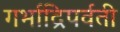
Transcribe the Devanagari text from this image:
गर्भाद्रिपर्वती